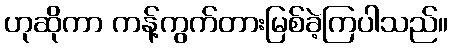
ဟုဆိုကာ ကန့်ကွက်တားမြစ်ခဲ့ကြပါသည်။